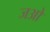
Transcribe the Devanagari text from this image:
जओ